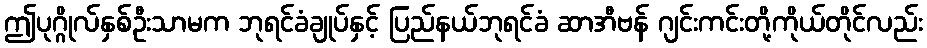
ဤပုဂ္ဂိုလ်နှစ်ဦးသာမက ဘုရင်ခံချုပ်နှင့် ပြည်နယ်ဘုရင်ခံ ဆာအီဗန် ဂျင်းကင်းတို့ကိုယ်တိုင်လည်း